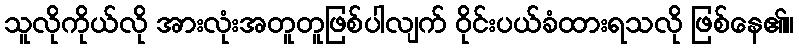
သူလိုကိုယ်လို အားလုံးအတူတူဖြစ်ပါလျက် ဝိုင်းပယ်ခံထားရသလို ဖြစ်နေ၏။